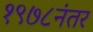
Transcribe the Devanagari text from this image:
१९७८नंतर